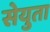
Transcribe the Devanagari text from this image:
सेयुता